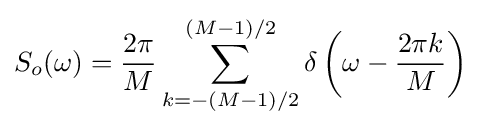
S_{o}(\omega )={\frac {2\pi }{M}}\sum _{k=-(M-1)/2}^{(M-1)/2}\delta \left(\omega -{\frac {2\pi k}{M}}\right)